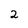
Character: 2